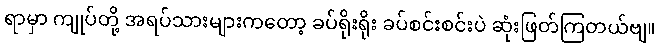
ရာမှာ ကျုပ်တို့ အရပ်သားများကတော့ ခပ်ရိုးရိုး ခပ်စင်းစင်းပဲ ဆုံးဖြတ်ကြတယ်ဗျ။